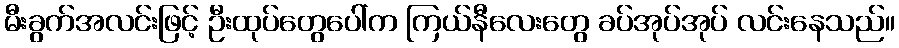
မီးခွက်အလင်းဖြင့် ဦးထုပ်တွေပေါ်က ကြယ်နီလေးတွေ ခပ်အုပ်အုပ် လင်းနေသည်။